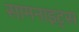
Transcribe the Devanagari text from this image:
सामनाइट्स